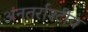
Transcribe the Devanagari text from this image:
अंनतर्राश्टीय